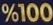
100%